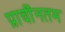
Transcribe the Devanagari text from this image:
प्राचींनतम